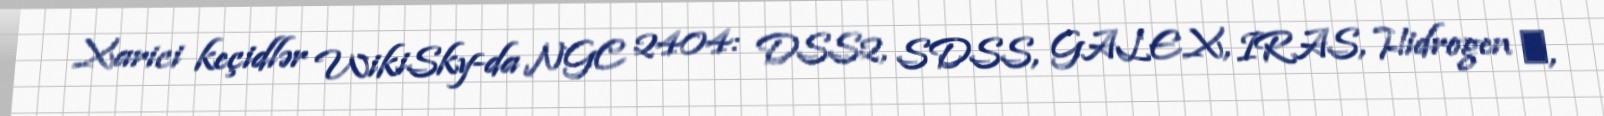
Xarici keçidlər WikiSky-da NGC 2404: DSS2, SDSS, GALEX, IRAS, Hidrogen α,